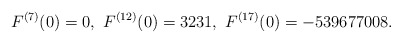
\begin{align*}F^{(7)}(0)=0,\ F^{(12)}(0)=3231,\ F^{(17)}(0)= -539677008.\end{align*}